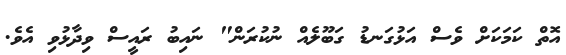
އޮތް ކަމަކަށް ވެސް އަޅުގަނޑު ގަބޫލެއް ނުކުރަން" ނައިބު ރައީސް ވިދާޅުވި އެވެ.